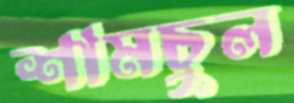
শামচুল